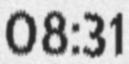
08:31